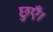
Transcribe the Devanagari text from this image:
छुएँ।